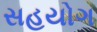
સહયોગ